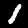
Label: 1